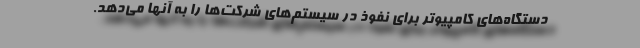
دستگاه‌های کامپیوتر برای نفوذ در سیستم‌های شرکت‌ها را به آنها می‌دهد.